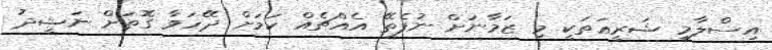
އިސްލާމީ ޝަރީޢަތަކީ މި ޒަމާނަށް ނުފެތޭ އެއްޗެއް ކަމަށް ދޭހަވާ ގޮތަށް ނަޝީދު